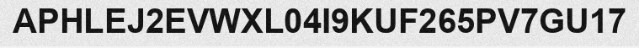
APHLEJ2EVWXL04I9KUF265PV7GU17